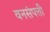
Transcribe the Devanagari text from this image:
वनसंपत्ती